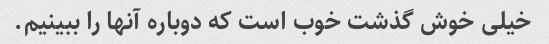
خیلی خوش گذشت خوب است که دوباره آنها را ببینیم.